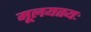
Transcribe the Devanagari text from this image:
मूलयतयः